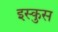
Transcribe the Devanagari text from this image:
इस्कुस